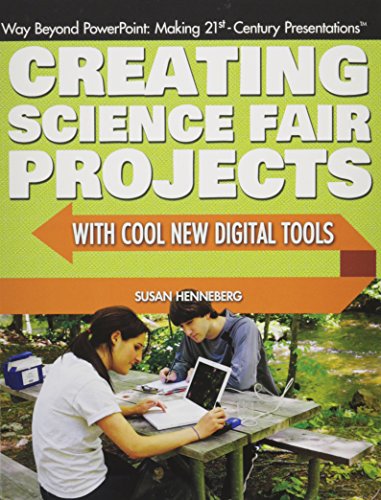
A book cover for Creating Science Fair Projects With Cool New Digital Tools (Way Beyond Powerpoint: Making 21st Century Presentations); Susan Henneberg; Teen & Young Adult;